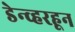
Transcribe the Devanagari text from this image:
डेन्व्हरहून